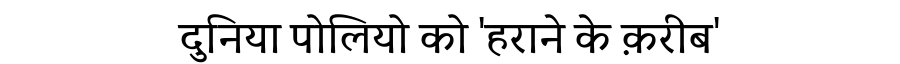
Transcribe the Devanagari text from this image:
दुनिया पोलियो को 'हराने के क़रीब'